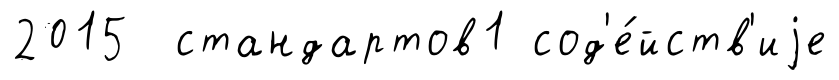
2015 стандартов1 сод'е́йств'иjе